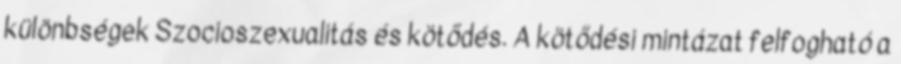
különbségek Szocioszexualitás és kötődés. A kötődési mintázat felfogható a